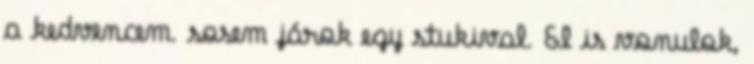
a kedvencem. sosem járok egy stukival. El is vonulok,